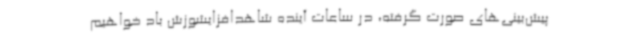
پیش‌بینی‌های صورت گرفته، در ساعات آینده شاهدافزایشوزش باد خواهیم